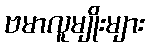
ဗမာလူမျိုးများ